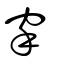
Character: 𥤺